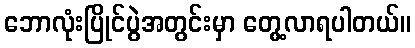
ဘောလုံးပြိုင်ပွဲအတွင်းမှာ တွေ့လာရပါတယ်။